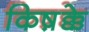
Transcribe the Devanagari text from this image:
किष़क्के